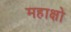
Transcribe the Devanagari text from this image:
महाक्षो